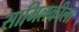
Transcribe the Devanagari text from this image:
सामिलकीला